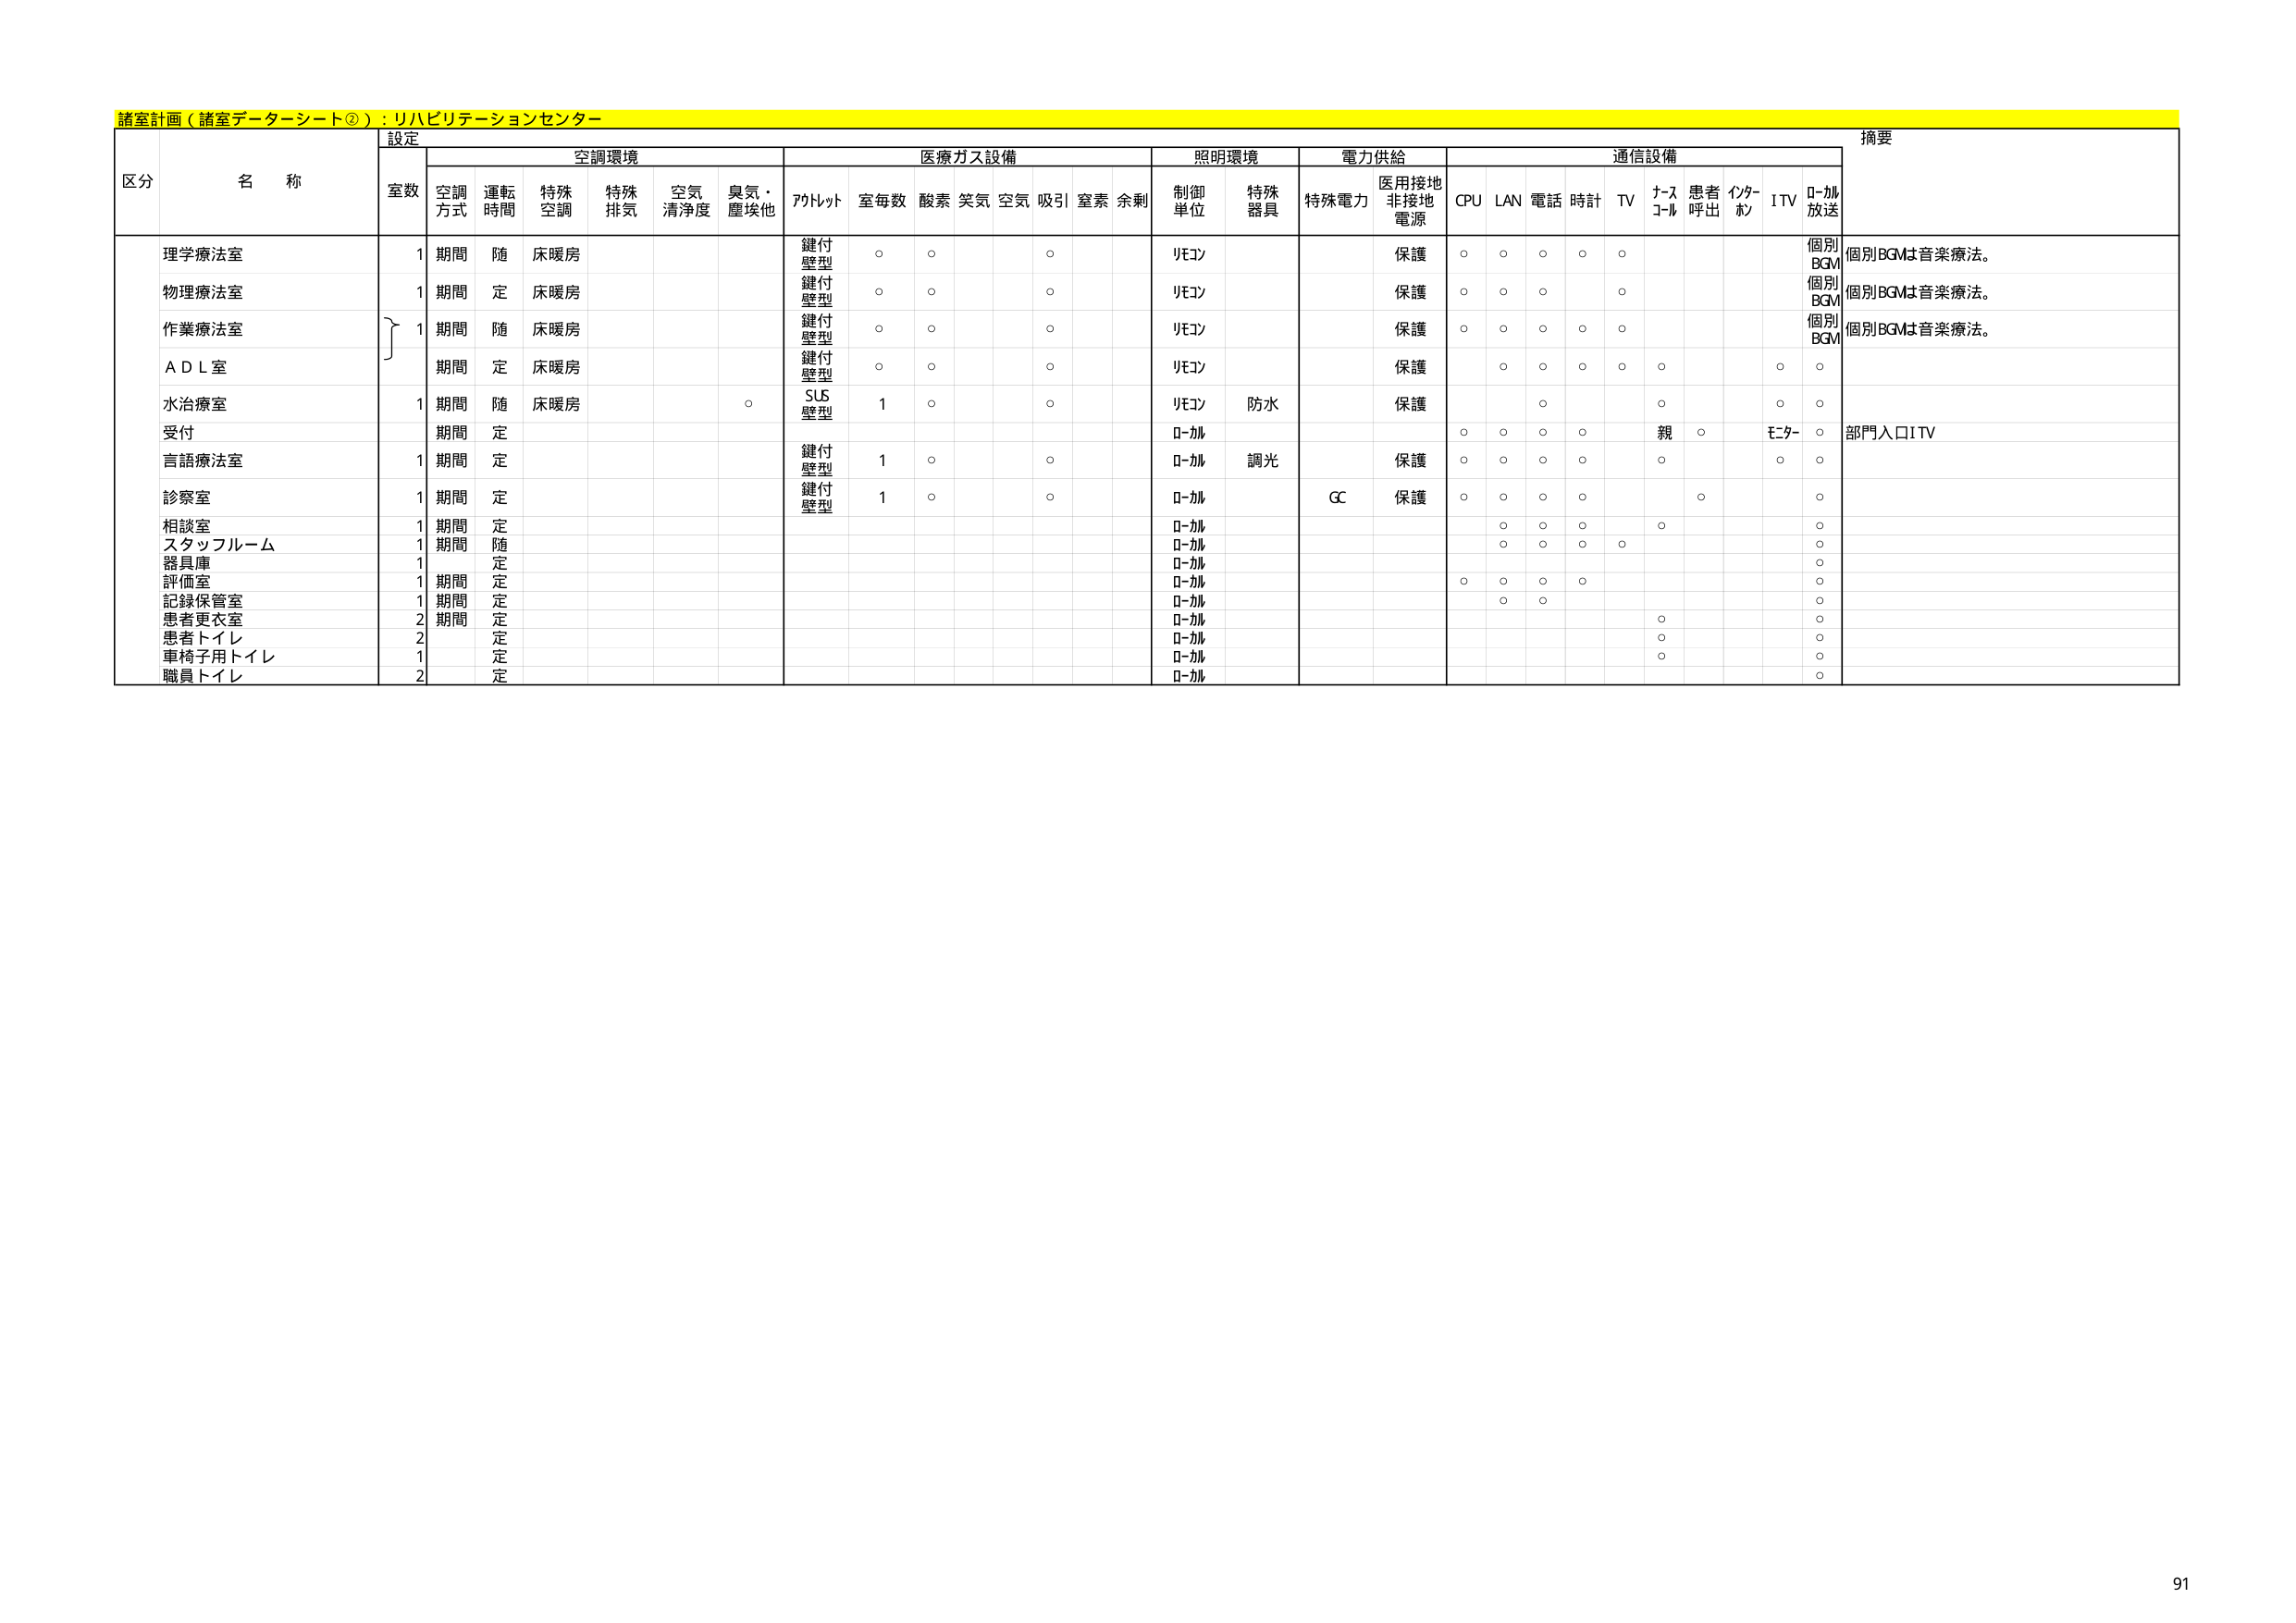
諸室計画（諸室データーシート②）：リハビリテーションセンター

設定

区分 名称

空調環境
室数 空調方式 運転時間 特殊空調 特殊排気 空気清浄度 臭気・塵埃他

医療ガス設備
アットルット 室毎数 酸素 笑気 空気 吸引 窒素 余剰

照明環境
制御単位 特殊器具

電力供給
特殊電力 医用接地非接地電源

通信設備
CPU LAN 電話 時計 TV ナースコール 患者呼出 インターホン ITV ローカル放送

摘要

理学療法室 1 期間 随 床暖房 鍵付壁型 ○ ○ ○ リモコン 保護 ○ ○ ○ ○ ○ 個別BGM 個別BGMは音楽療法。

物理療法室 1 期間 定 床暖房 鍵付壁型 ○ ○ ○ リモコン 保護 ○ ○ ○ ○ ○ 個別BGM 個別BGMは音楽療法。

作業療法室 1 期間 随 床暖房 鍵付壁型 ○ ○ ○ リモコン 保護 ○ ○ ○ ○ ○ 個別BGM 個別BGMは音楽療法。

ＡＤＬ室 期間 定 床暖房 鍵付壁型 ○ ○ ○ リモコン 保護 ○ ○ ○ ○ ○ ○ ○

水治療室 1 期間 随 床暖房 ○ SUS壁型 1 ○ ○ リモコン 防水 保護 ○ ○ ○ ○

受付 期間 定 ローカル ○ ○ ○ ○ 親 ○ モニター ○ 部門入口ITV

言語療法室 1 期間 定 鍵付壁型 1 ○ ○ ローカル 調光 保護 ○ ○ ○ ○ ○ ○ ○

診察室 1 期間 定 鍵付壁型 1 ○ ○ ローカル GC 保護 ○ ○ ○ ○ ○ ○

相談室 1 期間 定 ローカル ○ ○ ○ ○ ○ ○

スタッフルーム 1 期間 随 ローカル ○ ○ ○ ○ ○

器具庫 1 定 ローカル ○

評価室 1 期間 定 ローカル ○ ○ ○ ○ ○

記録保管室 1 期間 定 ローカル ○ ○ ○

患者更衣室 2 期間 定 ローカル ○

患者トイレ 2 定 ローカル ○ ○

車椅子用トイレ 1 定 ローカル ○ ○

職員トイレ 2 定 ローカル ○

91